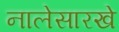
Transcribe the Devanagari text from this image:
नालेसारखे